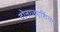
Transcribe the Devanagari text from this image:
दोनाउएशिंगन